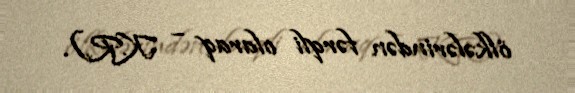
ölkələrindən fərqli olaraq – K.R.).